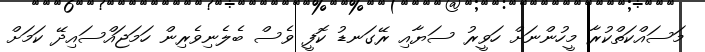
މަސައްކަތްކުރާ މީހުންނަށް ހަވީރު ސަޔާއި ރޭގަނޑު ކޮފީ ވެސް ބެލެނިވެރިން ހަމަޖައްސައިދޭ ކަމަށް